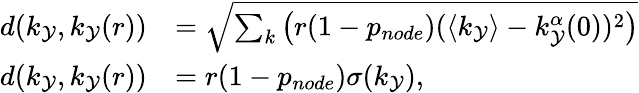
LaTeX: \begin{array}{rl}{d(k_{\mathcal{Y}},k_{\mathcal{Y}}(r))}&{=\sqrt{\sum_{k}\left(r(1-p_{node})(\langle k_{\mathcal{Y}}\rangle-k_{\mathcal{Y}}^{\alpha}(0))^{2}\right)}}\\ {d(k_{\mathcal{Y}},k_{\mathcal{Y}}(r))}&{=r(1-p_{node})\sigma(k_{\mathcal{Y}}),}\end{array}